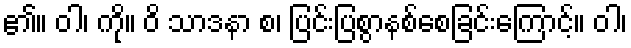
၏။ ဝါ၊ ကို။ ဝိ သာဒနာ စ၊ ပြင်းပြစွာနစ်စေခြင်းကြောင့်။ ဝါ၊